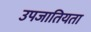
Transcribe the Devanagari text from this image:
उपजातियता